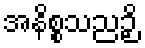
အနိစ္စသညဉှိ